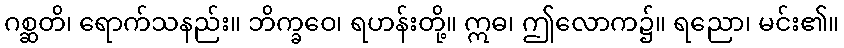
ဂစ္ဆတိ၊ ရောက်သနည်း။ ဘိက္ခဝေ၊ ရဟန်းတို့။ ဣဓ၊ ဤလောက၌။ ရညော၊ မင်း၏။